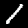
Digit: 1